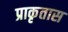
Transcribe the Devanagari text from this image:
प्राकृतास